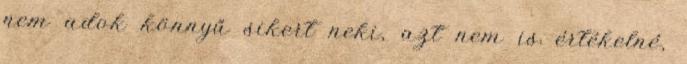
nem adok könnyű sikert neki, azt nem is értékelné,